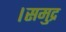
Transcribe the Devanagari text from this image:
।समुद्र